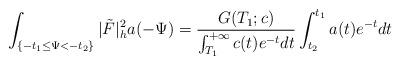
LaTeX: \begin{align*} \int_{\{-t_1\le\Psi<-t_2\}}|\tilde{F}|^2_ha(-\Psi)=\frac{G(T_1;c)}{\int_{T_1}^{+\infty}c(t)e^{-t}dt} \int_{t_2}^{t_1}a(t)e^{-t}dt \end{align*}